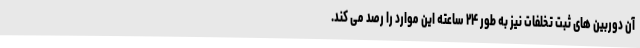
آن دوربین های ثبت تخلفات نیز به طور ۲۴ ساعته این موارد را رصد می کند.